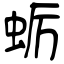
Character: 蛎